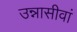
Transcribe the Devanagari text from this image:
उन्नासीवां